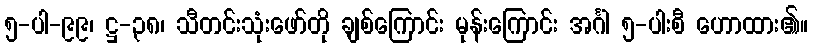
၅-ပါ-၉၉၊ ဋ္ဌ-၃၈၊ သီတင်းသုံးဖော်တို ချစ်ကြောင်း မုန်းကြောင်း အင်္ဂါ ၅-ပါးစီ ဟောထား၏။